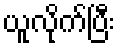
ယူလိုက်ပြီး